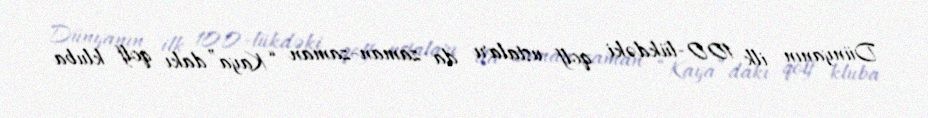
Dünyanın ilk 100-lükdəki qolf ustaları da zaman-zaman “Kaya”dakı qolf kluba